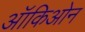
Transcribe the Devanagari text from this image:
ऑकिओन